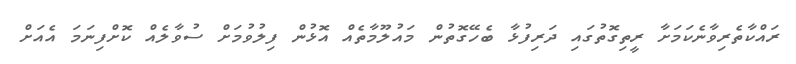
ރައްކާތެރިވާނެކަމަށާ ރީތިގޮތުގައި ދަރިފުޅާ ބެހޭގޮތުން މައުލޫމާތެއް އޮޅުން ފިލުވުމަށް ސުވާލެއް ކޮށްފިނަމަ އެއަށް